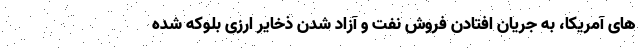
های آمریکا، به جریان افتادن فروش نفت و آزاد شدن ذخایر ارزی بلوکه شده